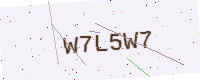
Text: W7L5W7